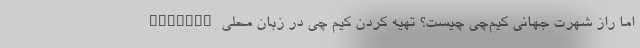
اما راز شهرت جهانی کیم‌چی چیست؟ تهیه کردن کیم چی در زبان محلی Kimjang